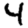
Digit: 4